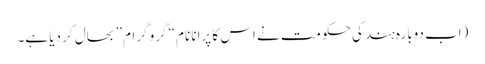
(اب دوبارہ ہند کی حکومت نے اس کا پرانا نام “گرو گرام” بحال کر دیا ہے۔